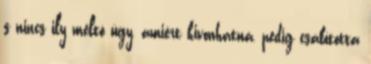
s nincs ily méltó ügy, amiért kivonhatná, pedig csábította